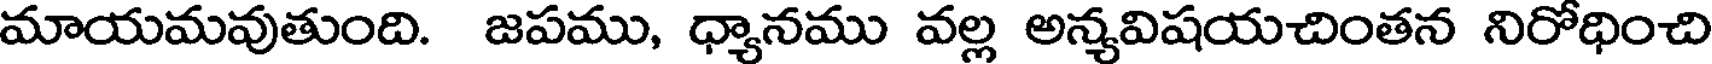
మాయమవుతుంది. జపము, ధ్యానము వల్ల అన్యవిషయచింతన నిరోధించి